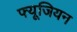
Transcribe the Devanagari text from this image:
फ्यूजियन